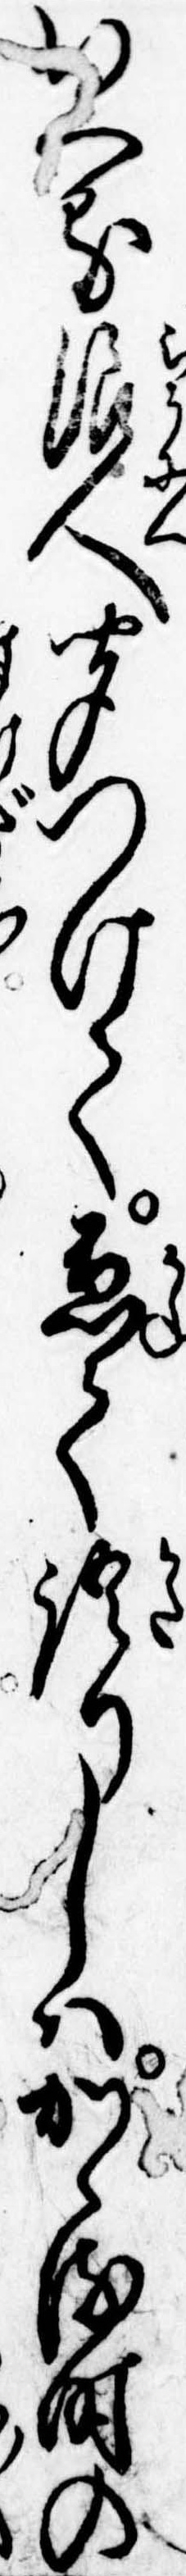
いへる浪人聞つけて兼て語りしはかゝる時の